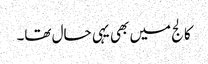
کالج میں بھی یہی حال تھا۔